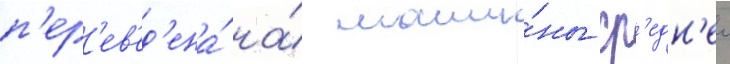
п'ер'ев'ед'ена́ на́ маши́ны ср'едн'еи